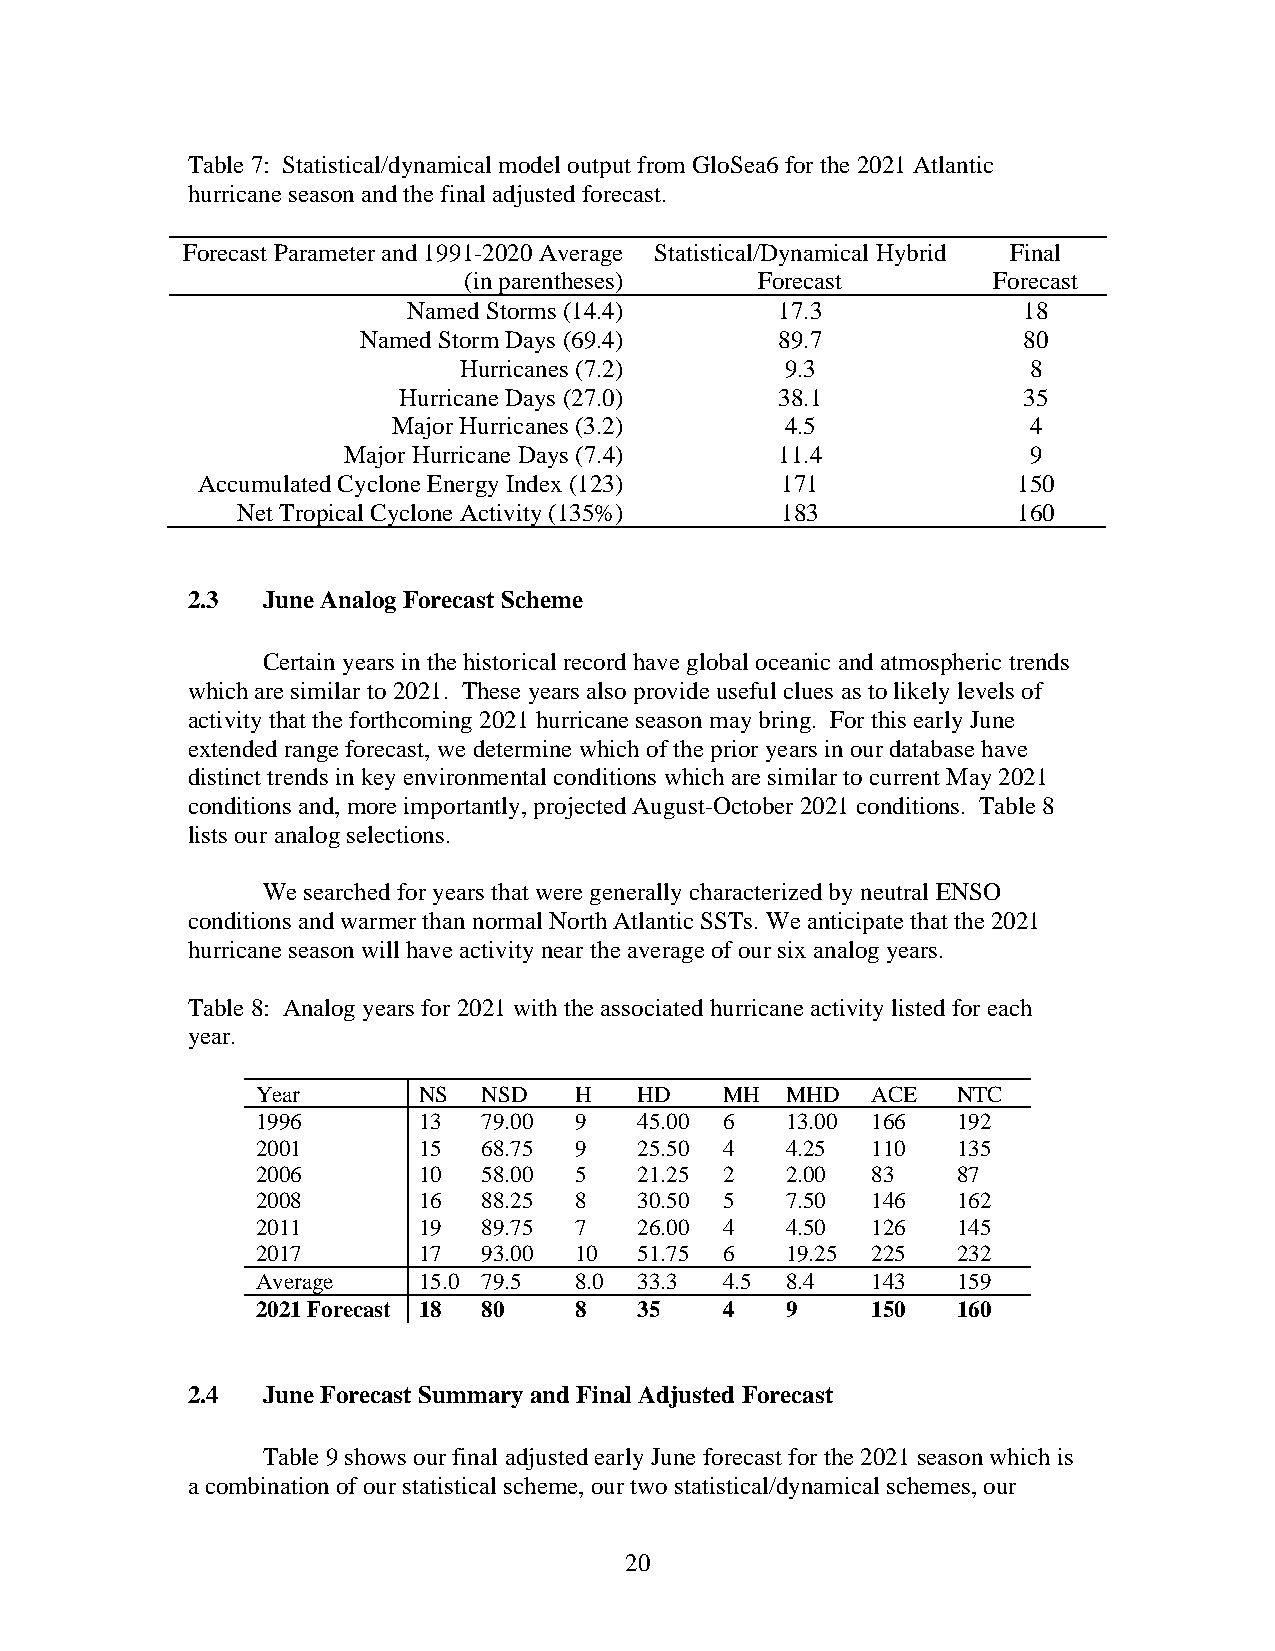
Table 7: Statistical/dynamical model output from GloSea6 for the 2021 Atlantic
 hurricane season and the final adjusted forecast.
 Forecast Parameter and 1991-2020 Average Statistical/Dynamical Hybrid Final
 (in parentheses)   Forecast        Forecast
 Named Storms (14.4)      17.3            18
 Named Storm Days (69.4)     89.7            80
 Hurricanes (7.2)      9.3             8
 Hurricane Days (27.0)     38.1            35
 Major Hurricanes (3.2)    4.5             4
 Major Hurricane Days (7.4)   11.4            9
 Accumulated Cyclone Energy Index (123) 171            150
 Net Tropical Cyclone Activity (135%) 183           160
 2.3  June Analog Forecast Scheme
 Certain years in the historical record have global oceanic and atmospheric trends
 which are similar to 2021. These years also provide useful clues as to likely levels of
 activity that the forthcoming 2021 hurricane season may bring. For this early June
 extended range forecast, we determine which of the prior years in our database have
 distinct trends in key environmental conditions which are similar to current May 2021
 conditions and, more importantly, projected August-October 2021 conditions. Table 8
 lists our analog selections.
 We searched for years that were generally characterized by neutral ENSO
 conditions and warmer than normal North Atlantic SSTs. We anticipate that the 2021
 hurricane season will have activity near the average of our six analog years.
 Table 8: Analog years for 2021 with the associated hurricane activity listed for each
 year.
 Year       NS  NSD   H   HD    MH  MHD   ACE  NTC
 1996       13  79.00 9   45.00 6   13.00 166  192
 2001       15  68.75 9   25.50 4   4.25  110  135
 2006       10  58.00 5   21.25 2   2.00  83   87
 2008       16  88.25 8   30.50 5   7.50  146  162
 2011       19  89.75 7   26.00 4   4.50  126  145
 2017       17  93.00 10  51.75 6   19.25 225  232
 Average    15.0 79.5 8.0 33.3  4.5 8.4   143  159
 2021 Forecast 18 80  8   35    4   9     150  160
 2.4  June Forecast Summary and Final Adjusted Forecast
 Table 9 shows our final adjusted early June forecast for the 2021 season which is
 a combination of our statistical scheme, our two statistical/dynamical schemes, our
 20